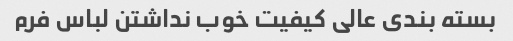
بسته بندی عالی کیفیت خوب نداشتن لباس فرم